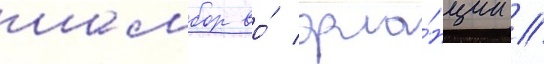
шамбор во́ фра́нции //